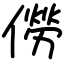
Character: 僗